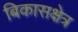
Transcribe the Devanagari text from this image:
बिकासक्षेत्र